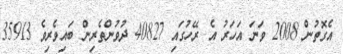
އެގޮތުން 2008 ވަނަ އަހަރު އެ ރޭހުގައި 40827 ދުވުންތެރިން ބައިވެރިވެ 35913